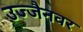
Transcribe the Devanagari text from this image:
उज्जैनवर